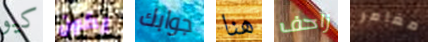
كيو يكون جوابك هنا زاحف مغامر